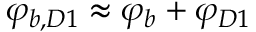
\varphi _ { b , D 1 } \approx \varphi _ { b } + \varphi _ { D 1 }